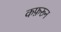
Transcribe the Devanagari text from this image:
कफ़रून